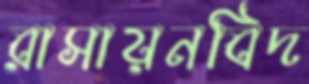
রাসায়নবিদ